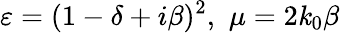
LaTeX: \varepsilon=(1-\delta+i\beta)^{2},\, \, \mu=2\mathit{k}_{0}\beta